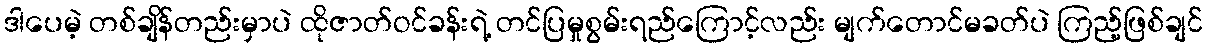
ဒါပေမဲ့ တစ်ချိန်တည်းမှာပဲ ထိုဇာတ်ဝင်ခန်းရဲ့ တင်ပြမှုစွမ်းရည်ကြောင့်လည်း မျက်တောင်မခတ်ပဲ ကြည့်ဖြစ်ချင်